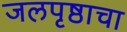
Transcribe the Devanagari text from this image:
जलपृष्ठाचा